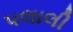
પલાલી